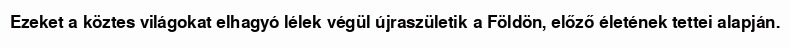
Ezeket a köztes világokat elhagyó lélek végül újraszületik a Földön, előző életének tettei alapján.